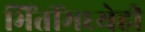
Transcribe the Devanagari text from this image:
भिंतींमध्येही